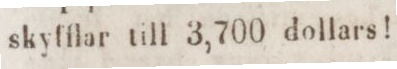
skyfflar till 3,700 dollars!